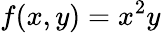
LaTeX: f(x,y)=x^{2}y